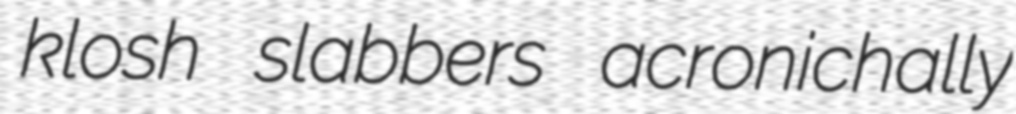
klosh slabbers acronichally